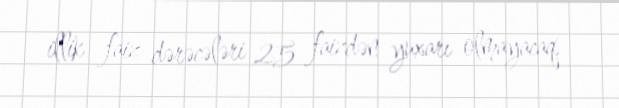
illik faiz dərəcələri 25 faizdən yuxarı olmayacaq.